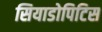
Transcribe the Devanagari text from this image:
सियाडोपिटिस